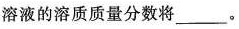
溶液的溶质质量分数将_____。